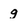
Character: g